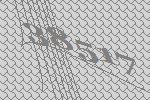
38517